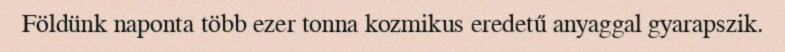
Földünk naponta több ezer tonna kozmikus eredetű anyaggal gyarapszik.